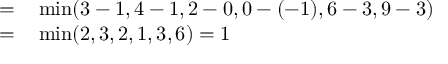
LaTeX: \begin{array} { r l } { = } & { { } \operatorname* { m i n } ( 3 - 1 , 4 - 1 , 2 - 0 , 0 - ( - 1 ) , 6 - 3 , 9 - 3 ) } \\ { = } & { { } \operatorname* { m i n } ( 2 , 3 , 2 , 1 , 3 , 6 ) = 1 } \end{array}